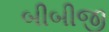
બીબીજી